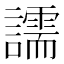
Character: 譳